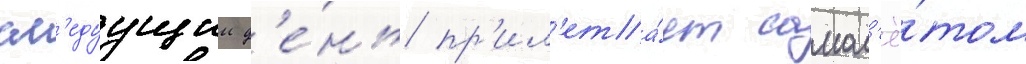
сл'едуущии д'е́нь пр'ил'ета́ет самол'ё́том